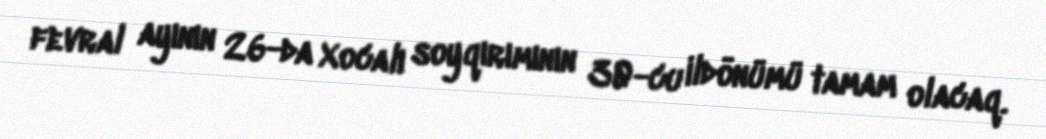
fevral ayının 26-da Xocalı soyqırımının 30-cu ildönümü tamam olacaq.